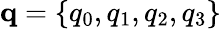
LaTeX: \mathbf{q}=\{ q_{0},q_{1},q_{2},q_{3}\}